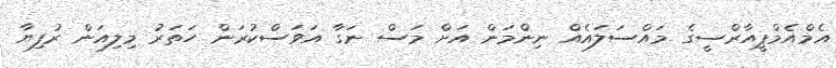
އެމްއެމްޕީއާރްސީގެ މައްސަލައެއް ނިންމަން އަށް މަސް ނަގާ އަަވަސްކުރަން ހަތަރު މިލިއަން ރުފިޔާ